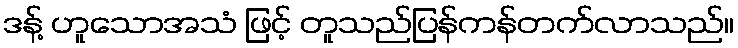
ဒန့် ဟူသောအသံ ဖြင့် တူသည်ပြန်ကန်တက်လာသည်။